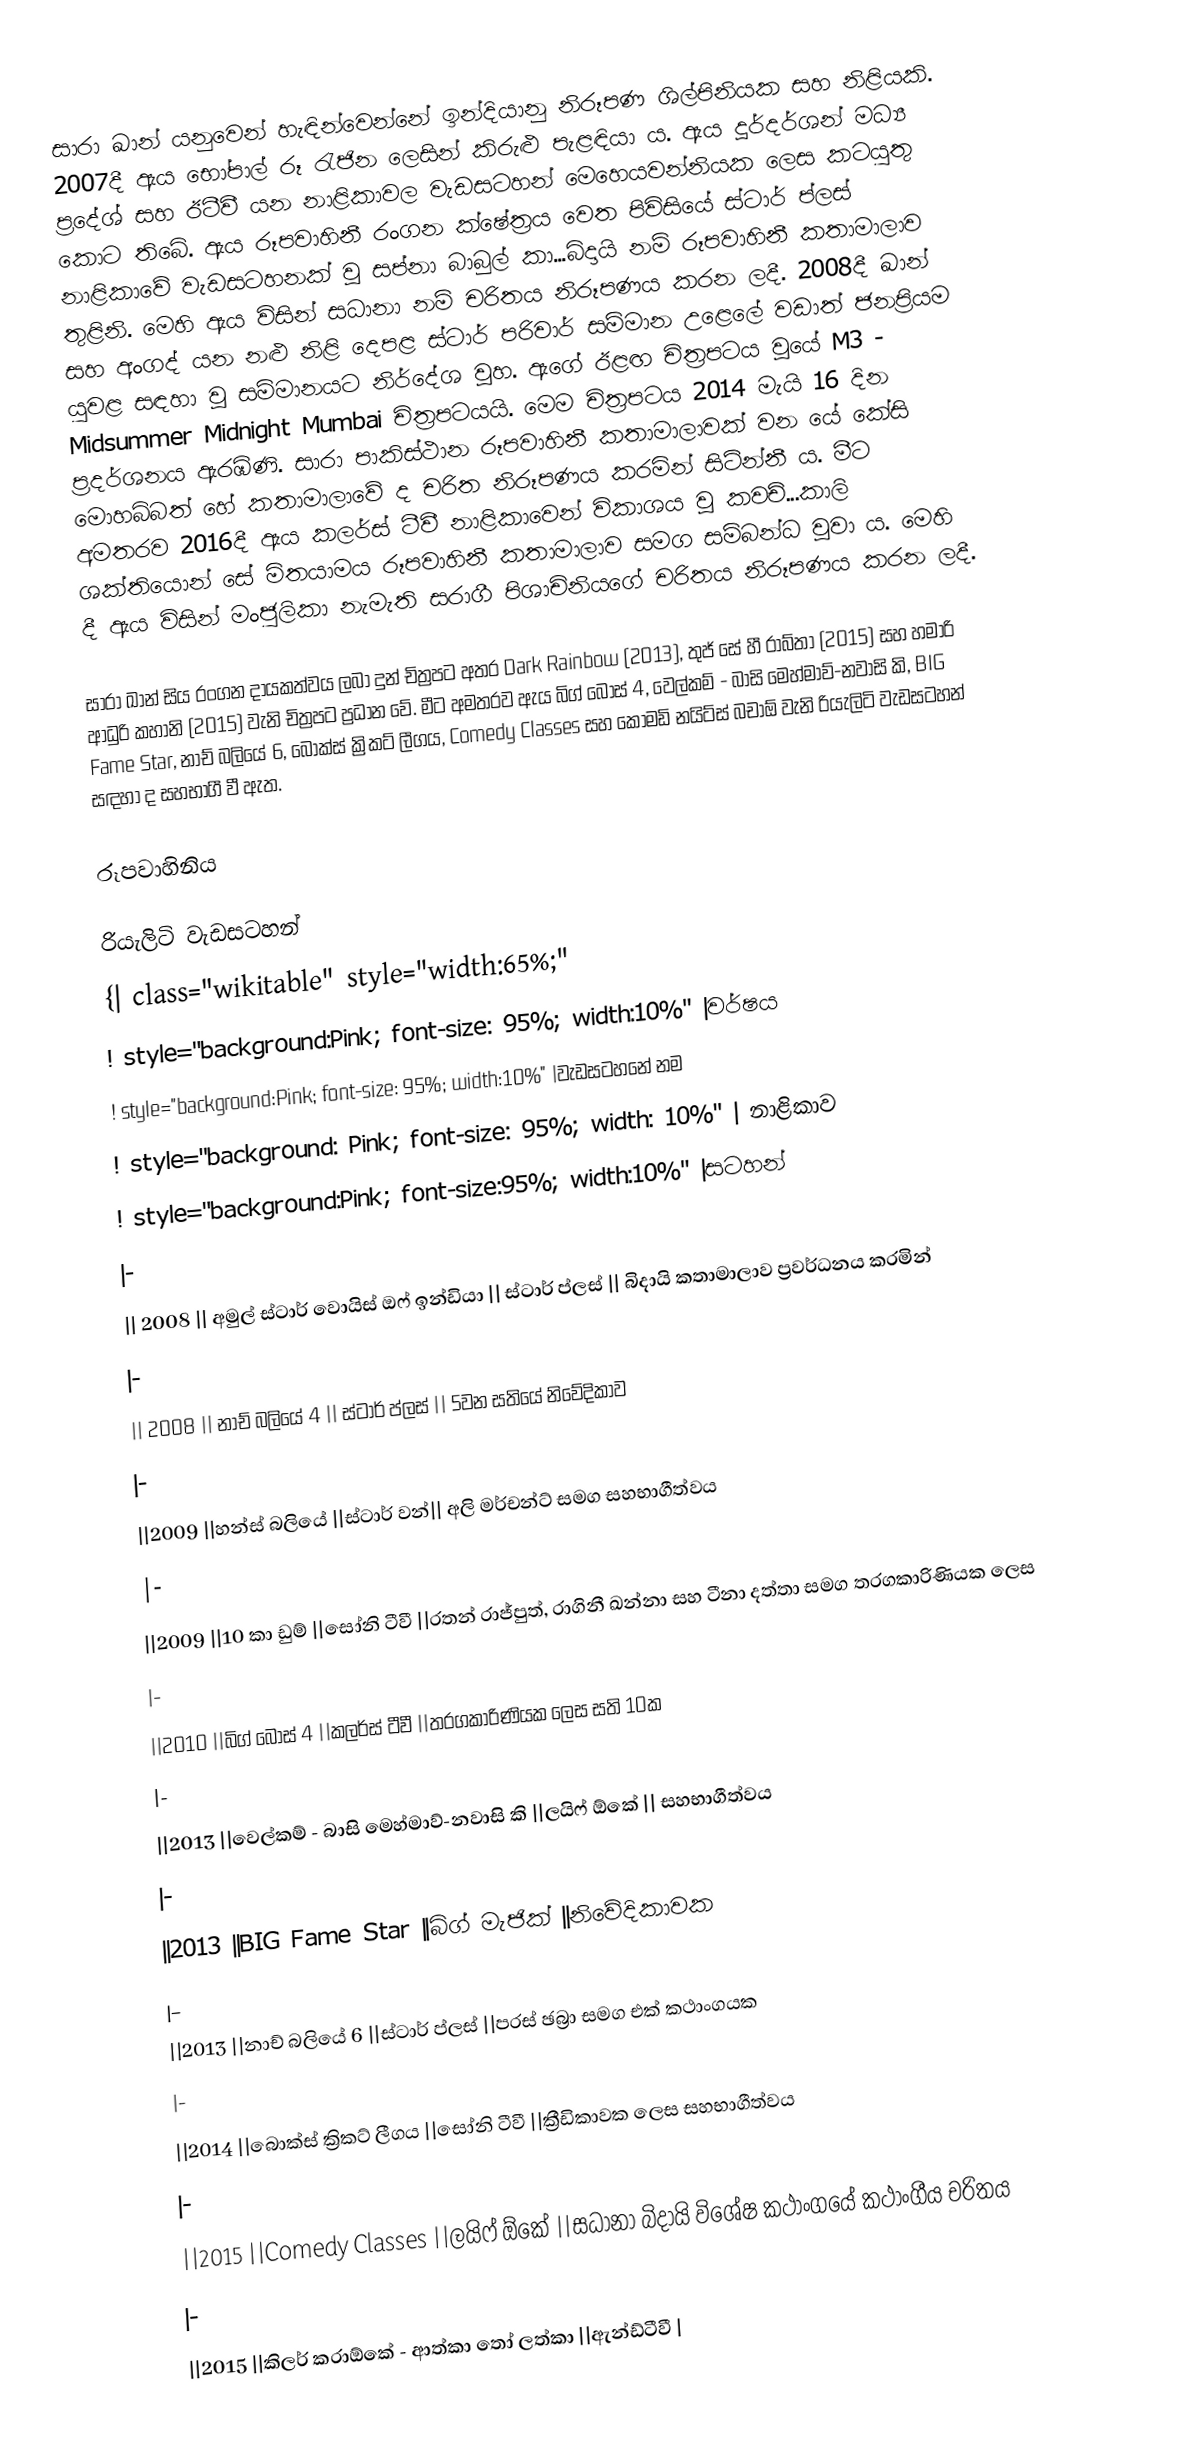
සාරා ඛාන් යනුවෙන් හැඳින්වෙන්නේ ඉන්දියානු නිරූපණ ශිල්පිනියක සහ නිළියකි.‍ 2007දී ඇය භෝපාල් රූ රැජින ලෙසින් කිරුළු පැළඳියා ය. ඇය දූර්දර්ශන් මධ්‍ය ප්‍රදේශ් සහ ඊටීවී යන නාළිකාවල වැඩසටහන් මෙහෙයවන්නියක ලෙස කටයුතු කොට තිබේ. ඇය රූපවාහිනී රංගන ක්ෂේත්‍රය වෙත පිවිසියේ ස්ටාර් ප්ලස් නාළිකාවේ වැඩසටහනක් වූ සප්නා බාබුල් කා...බිදායි නම් රූපවාහිනී කතාමාලාව තුළිනි. මෙහි ඇය විසින් සධානා නම් චරිතය නිරූපණය කරන ලදී. 2008දී ඛාන් සහ අංගද් ‍යන නළු නිළි දෙපළ ස්ටාර් පරිවාර් සම්මාන උළෙලේ වඩාත් ජනප්‍රියම යුවළ සඳහා වූ සම්මානයට නිර්දේශ වූහ. ඇගේ ඊළඟ චිත්‍රපටය වූයේ M3 - Midsummer Midnight Mumbai චිත්‍රපටයයි. මෙම චිත්‍රපටය 2014 මැයි 16 දින ප්‍රදර්ශනය ඇරඹිණි. සාරා පාකිස්ථාන රූපවාහිනී කතාමාලාවක් වන යේ කේසි මොහබ්බත් හේ කතාමාලාවේ ද චරිත නිරූපණය කරමින් සිටින්නී ය. මීට අමතරව 2016දී ඇය කලර්ස් ටීවී නාළිකාවෙන් විකාශය වූ කවච්...කාලි ශක්තියොන් සේ මිතයාමය රූපවාහිනී කතාමාලාව සමග සම්බන්ධ වූවා ය. මෙහි දී ඇය විසින් මංජුලිකා නැමැති සරාගී පිශාචිනියගේ චරිතය නිරූපණය කරන ලදී.

සාරා ඛාන් සිය රංගන දායකත්වය ලබා දුන් චිත්‍රපට අතර Dark Rainbow (2013), තුජ් සේ හී රාබ්තා (2015) සහ හමාරි ආධුරි කහානි (2015) වැනි චිත්‍රපට ප්‍රධාන වේ. මීට අමතරව ඇය බිග් බොස් 4, වෙල්කම් - බාසි මෙහ්මාව්-නවාසි කි, BIG Fame Star, නාච් බලියේ 6, බොක්ස් ක්‍රිකට් ලීගය, Comedy Classes සහ කොමඩි නයිට්ස් බචාඕ වැනි රියැලිටි වැඩසටහන් සඳහා ද සහභාගී වී ඇත.

රූපවාහිනිය

රියැලිටි වැඩසටහන්
{| class="wikitable" style="width:65%;"
! style="background:Pink; font-size: 95%; width:10%" |වර්ෂය
! style="background:Pink; font-size: 95%; width:10%" |වැඩසටහනේ නම
! style="background: Pink; font-size: 95%; width: 10%" | නාළිකාව
! style="background:Pink; font-size:95%; width:10%" |සටහන්
|-
|| 2008 || අමුල් ස්ටාර් වොයිස් ඔෆ් ඉන්ඩියා || ස්ටාර් ප්ලස් || බිදායි කතාමාලාව ප්‍රවර්ධනය කරමින්
|-
|| 2008 || නාච් බලියේ 4 || ස්ටාර් ප්ලස් || 5වන සතියේ නිවේදිකාව
|-
||2009 ||හන්ස් බලියේ ||ස්ටාර් වන්|| අලි මර්චන්ට් සමග සහභාගීත්වය
|-
||2009 ||10 ‍කා ඩුම් ||සෝනි ටීවී ||රතන් රාජ්පුත්, රාගිනී ඛන්නා සහ ටීනා දත්තා සමග තරගකාරිණියක ලෙස
|-
||2010 ||බිග් බොස් 4 ||කලර්ස් ටීවී ||තරගකාරිණියක ලෙස සති 10ක
|-
||2013 ||වෙල්කම් - බාසි මෙහ්මාව්-නවාසි කි ||ලයිෆ් ඕකේ || සහභාගීත්වය
|-
||2013 ||BIG Fame Star ||බිග් මැජික් ||නිවේදිකාවක
|-
||2013 ||නාච් බලියේ 6 ||ස්ටාර් ප්ලස් ||පරස් ඡබ්‍රා සමග එක් කථාංගයක
|-
||2014 ||බොක්ස් ක්‍රිකට් ලීගය ||සෝනි ටීවී ||ක්‍රීඩිකාවක ලෙස සහභාගීත්වය
|-
||2015 ||Comedy Classes ||ලයිෆ් ඕකේ ||සධානා  බිදායි විශේෂ කථාංගයේ කථාංගීය චරිතය
|-
||2015 ||කිලර් කරාඕකේ - ආත්කා තෝ ලත්කා ||ඇන්ඩ්ටීවී |